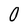
Character: 0